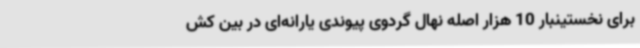
برای نخستینبار 10 هزار اصله نهال گردوی پیوندی یارانه‌ای در بین کش